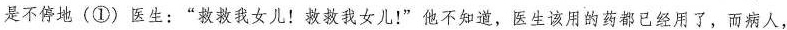
是不停地(①)医生：“救救我女儿！救救我女儿！”他不知道，医生该用的药都已经用了，而病人，